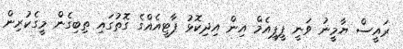
ރައީސް ޔާމީނު ވަނީ ޕީޕީއެމް އިން އިދިކޮޅު ޕާޓީއެއްގެ ގޮތުގައި ތިބިގެން މީގެކުރިން